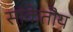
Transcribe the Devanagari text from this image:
सांकेतीय